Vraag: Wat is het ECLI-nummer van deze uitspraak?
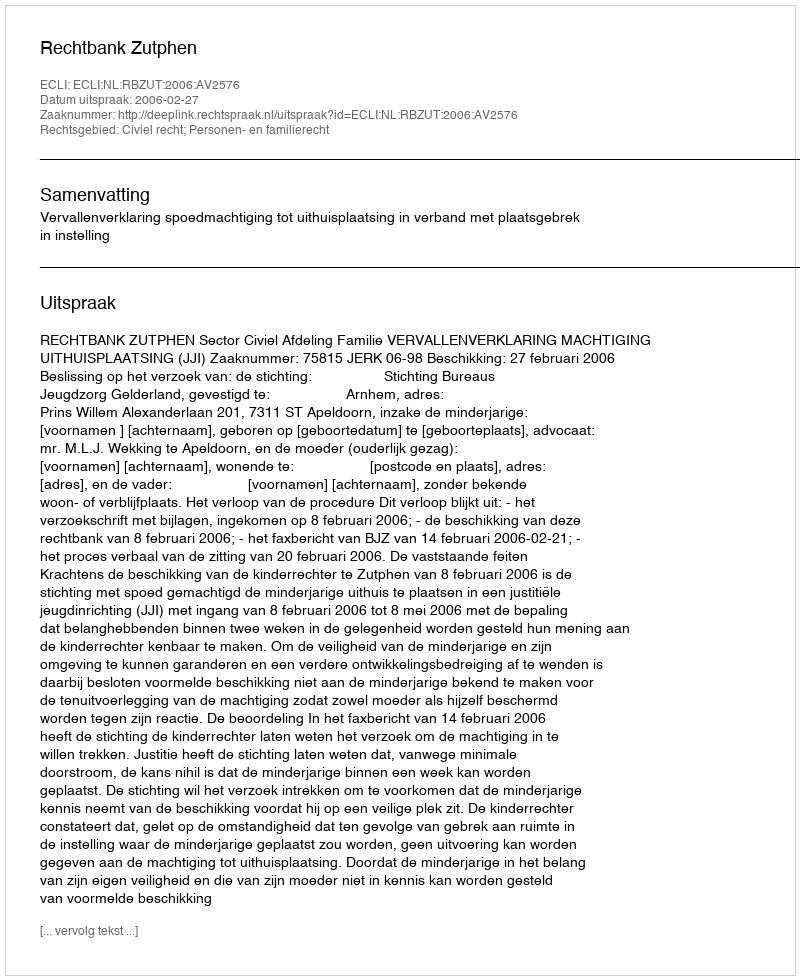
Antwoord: ECLI:NL:RBZUT:2006:AV2576